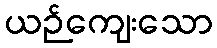
ယဉ်ကျေးသော